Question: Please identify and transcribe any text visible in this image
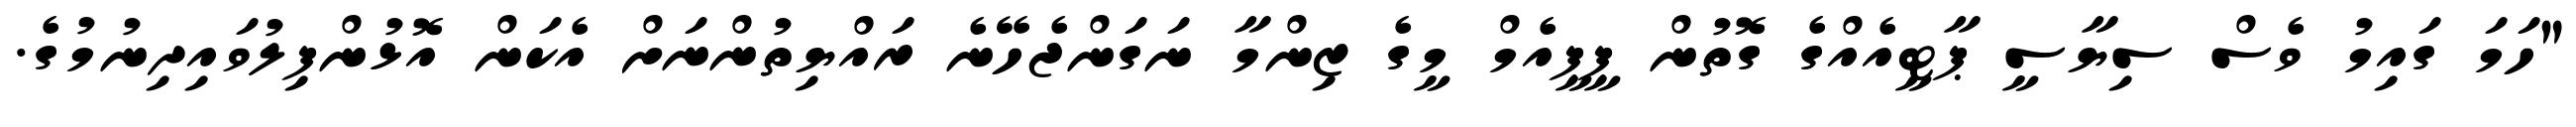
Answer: "ހަމަ ގައިމު ވެސް ސިޔާސީ ޕާޓީއެއްގެ ގޮތުން ޕީޕީއެމް މީގެ ޒިންމާ ނަގަންޖެހޭނެ ރައްޔިތުންނަށް އެކަން އޮޅުންފިލުވައިދިނުމުގެ.